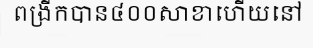
ពង្រីកបាន៤០០សាខាហើយនៅ